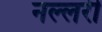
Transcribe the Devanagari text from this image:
नल्लरी